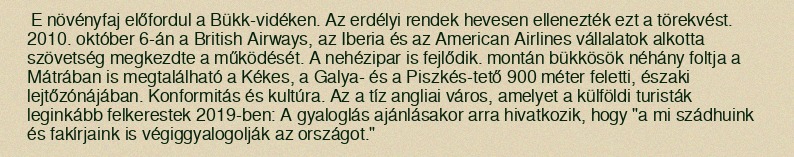
E növényfaj előfordul a Bükk-vidéken. Az erdélyi rendek hevesen ellenezték ezt a törekvést. 2010. október 6-án a British Airways, az Iberia és az American Airlines vállalatok alkotta szövetség megkezdte a működését. A nehézipar is fejlődik. montán bükkösök néhány foltja a Mátrában is megtalálható a Kékes, a Galya- és a Piszkés-tető 900 méter feletti, északi lejtőzónájában. Konformitás és kultúra. Az a tíz angliai város, amelyet a külföldi turisták leginkább felkerestek 2019-ben: A gyaloglás ajánlásakor arra hivatkozik, hogy "a mi szádhuink és fakírjaink is végiggyalogolják az országot."